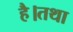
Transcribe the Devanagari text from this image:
है।तथा